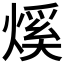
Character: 𤌳